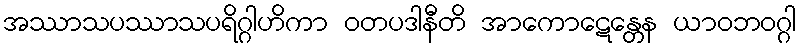
အဿာသပဿာသပရိဂ္ဂါဟိကာ ဝတပဒါနီတိ အာကောဋေန္တေန ယာဝဘဝဂ္ဂါ